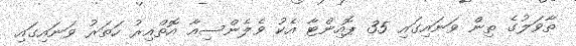
ތާވަލުގެ ތިން ވަނައިގައި 35 ޕޮއިންޓާ އެކު ވެލެންސިއާ އޮތްއިރު ހަތަރު ވަނައިގައި